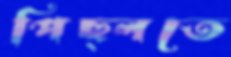
পিছ্‌লতে